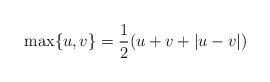
LaTeX: \begin{align*}\max \{ u, v \} = \frac{1}{2}(u+v+|u-v|)\end{align*}